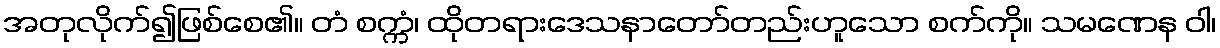
အတုလိုက်၍ဖြစ်စေ၏။ တံ စက္ကံ၊ ထိုတရားဒေသနာတော်တည်းဟူသော စက်ကို။ သမဏေန ဝါ၊